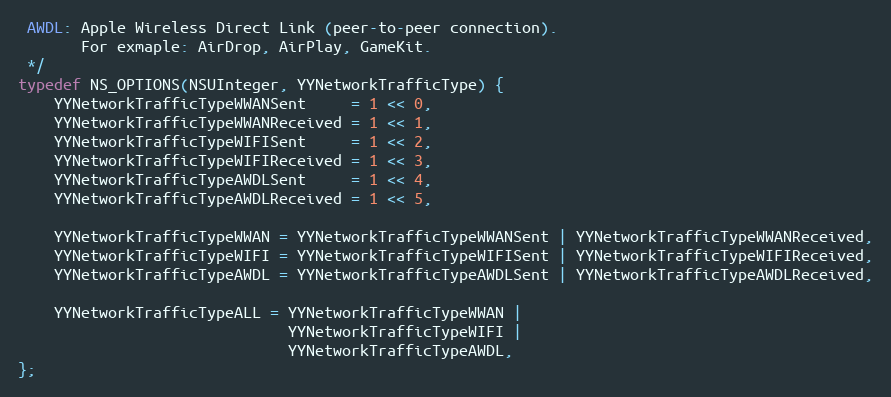
Language: C
 AWDL: Apple Wireless Direct Link (peer-to-peer connection).
       For exmaple: AirDrop, AirPlay, GameKit.
 */
typedef NS_OPTIONS(NSUInteger, YYNetworkTrafficType) {
    YYNetworkTrafficTypeWWANSent     = 1 << 0,
    YYNetworkTrafficTypeWWANReceived = 1 << 1,
    YYNetworkTrafficTypeWIFISent     = 1 << 2,
    YYNetworkTrafficTypeWIFIReceived = 1 << 3,
    YYNetworkTrafficTypeAWDLSent     = 1 << 4,
    YYNetworkTrafficTypeAWDLReceived = 1 << 5,

    YYNetworkTrafficTypeWWAN = YYNetworkTrafficTypeWWANSent | YYNetworkTrafficTypeWWANReceived,
    YYNetworkTrafficTypeWIFI = YYNetworkTrafficTypeWIFISent | YYNetworkTrafficTypeWIFIReceived,
    YYNetworkTrafficTypeAWDL = YYNetworkTrafficTypeAWDLSent | YYNetworkTrafficTypeAWDLReceived,

    YYNetworkTrafficTypeALL = YYNetworkTrafficTypeWWAN |
                              YYNetworkTrafficTypeWIFI |
                              YYNetworkTrafficTypeAWDL,
};